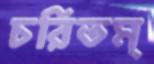
চরিতম্